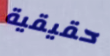
حقيقية